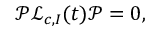
{ \mathcal P } { \mathcal L } _ { c , I } ( t ) { \mathcal P } = 0 ,